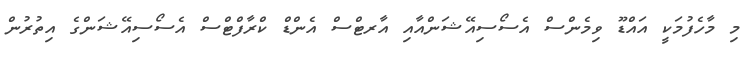
މި މާހެފުމަކީ އައްޑޫ ވިމެންސް އެސޯސިއޭޝަންއާއި އާރޓްސް އެންޑް ކްރާފްޓްސް އެސޯސިއޭޝަންގެ އިތުރުން